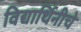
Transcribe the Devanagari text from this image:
विद्यार्थिनीचे